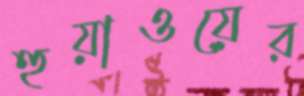
হুয়াওয়ের